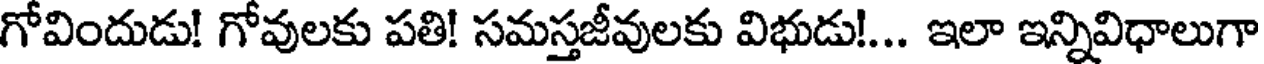
గోవిందుడు! గోవులకు పతి! సమస్తజీవులకు విభుడు!... ఇలా ఇన్నివిధాలుగా